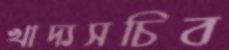
খাদ্যসচিব